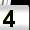
Digit: 4